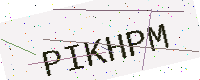
Text: PIKHPM